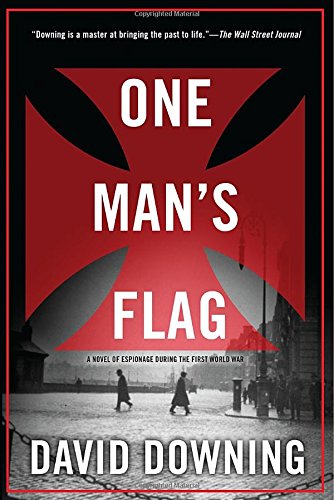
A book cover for One Man's Flag (A Jack McColl Novel); David Downing; Mystery, Thriller & Suspense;